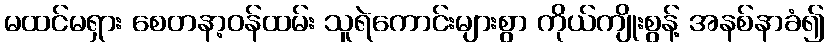
မထင်မရှား စေတနာ့ဝန်ထမ်း သူရဲကောင်းများစွာ ကိုယ်ကျိုးစွန့် အနစ်နာခံ၍